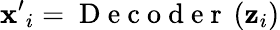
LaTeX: {\mathbf{x}^{\prime}}_{i}=\mathrm{~D~e~c~o~d~e~r~}\left(\mathbf{z}_{i}\right)